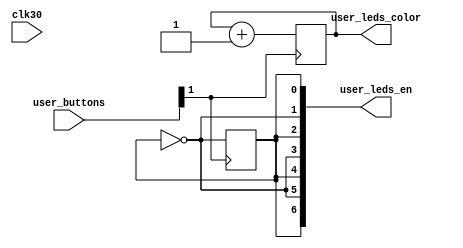
module top (
    input clk30,
    input [1:0] user_buttons,
    output reg [2:0] user_leds_color,
    output reg [6:0] user_leds_en
);
 
    reg en;
    reg [2:0] color;

    always @(*) begin
        user_leds_en = {en, {3{~en, en}}};
        user_leds_color = color;
    end

    always @(negedge user_buttons[1]) begin
        color <= color + 1;
        en <= ~en;
    end

endmodule